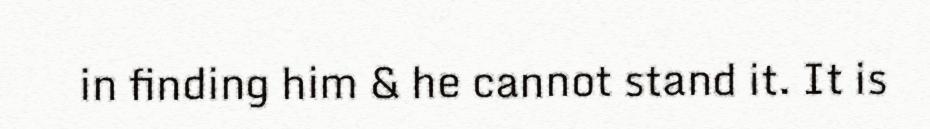
in finding him & he cannot stand it. It is